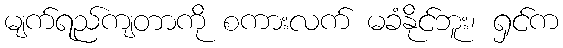
မျက်ရည်ကျတာကို စကားလက် မခံနိုင်ဘူး၊ ရှင်က